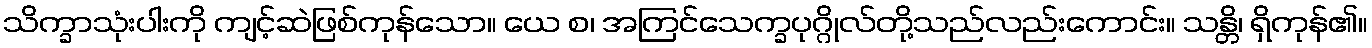
သိက္ခာသုံးပါးကို ကျင့်ဆဲဖြစ်ကုန်သော။ ယေ စ၊ အကြင်သေက္ခပုဂ္ဂိုလ်တို့သည်လည်းကောင်း။ သန္တိ၊ ရှိကုန်၏။